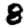
Digit: 8